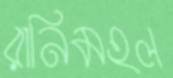
রানিমহল